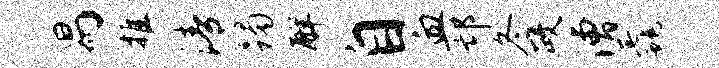
舄推清躅解自血邙冬政漕毳